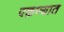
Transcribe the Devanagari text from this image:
पळण्यात